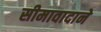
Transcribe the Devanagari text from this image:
सीमावादाने